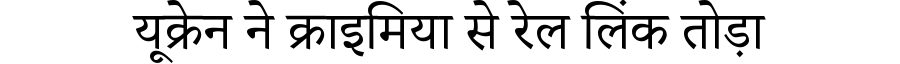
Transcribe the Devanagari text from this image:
यूक्रेन ने क्राइमिया से रेल लिंक तोड़ा